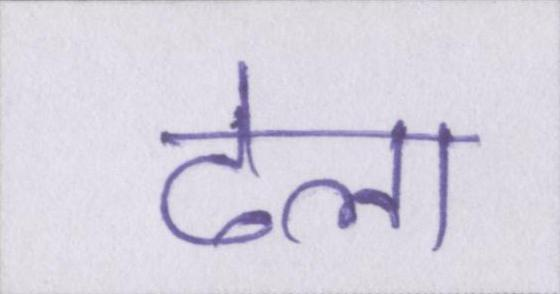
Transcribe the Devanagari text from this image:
ढेला